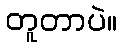
တူတာပဲ။